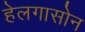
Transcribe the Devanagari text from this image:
हेलगासोन